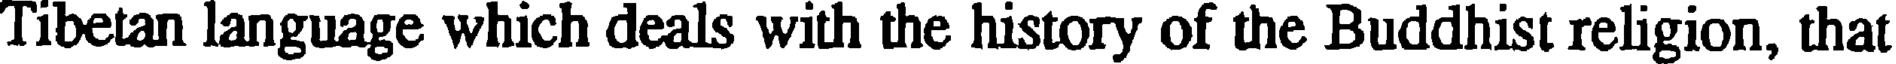
Tibetan language which deals with the history of the Buddhist religion, that